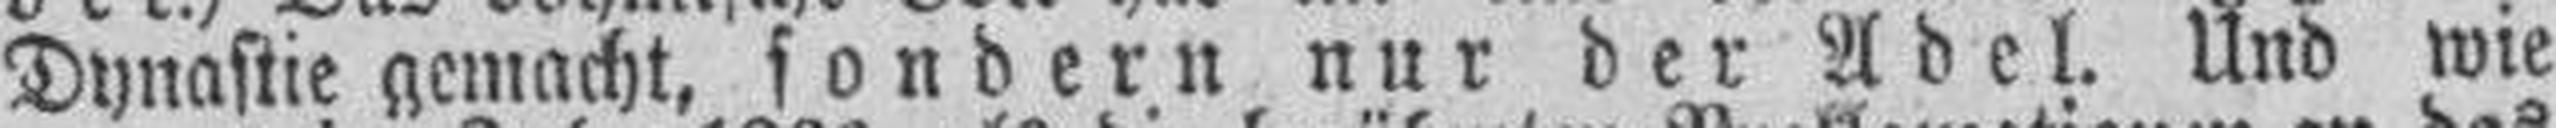
Dynastie gemacht, sondern nur der Adel. Und wie